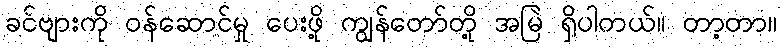
ခင်ဗျားကို ဝန်ဆောင်မှု ပေးဖို့ ကျွန်တော်တို့ အမြဲ ရှိပါတယ်။ တာ့တာ။